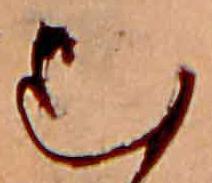
む